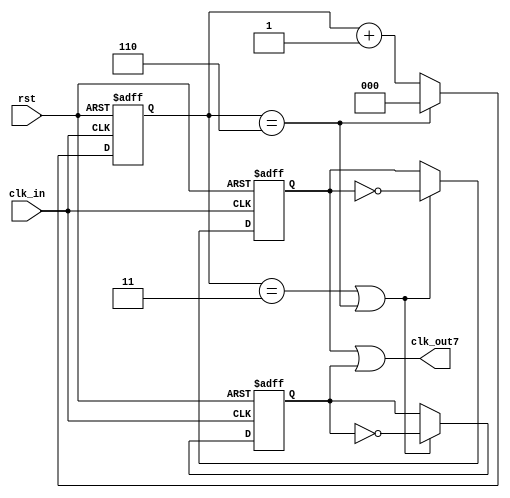
`timescale 1ns/1ns

module odo_div_or
   (
    input    wire  rst ,
    input    wire  clk_in,
    output   wire  clk_out7
    );

//*************code***********//
//N,50%

parameter N = 7;

reg clk_1, clk_2;
reg [2:0] cnt;

always @(posedge clk_in or negedge rst) begin
    if(!rst) cnt <= 0;
    else if (cnt == N - 1) cnt <= 0;
    else cnt <= cnt + 1; 
end

always @(posedge clk_in or negedge rst) begin
    if(!rst) clk_1 <= 0;
    else if ((cnt == N >> 1) || (cnt == N - 1)) clk_1 <= ~clk_1;
    else clk_1 <= clk_1;
end

always @(negedge clk_in or negedge rst) begin
    if(!rst) clk_2 <= 0;
    else if ((cnt == N >> 1) || (cnt == N - 1)) clk_2 <= ~clk_2;
    else clk_2 <= clk_2;
end

assign clk_out7 = clk_1 | clk_2;

//*************code***********//
endmodule